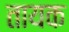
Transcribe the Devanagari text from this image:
तायक